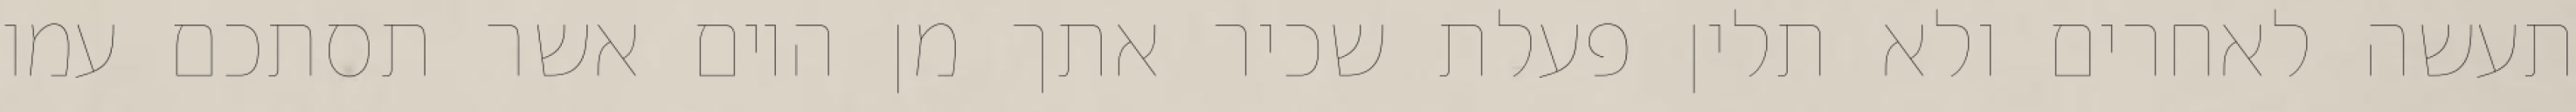
תעשה לאחרים ולא תלין פעלת שכיר אתך מן היום אשר תסתכם עמו